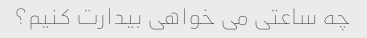
چه ساعتی می خواهی بیدارت کنیم؟